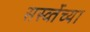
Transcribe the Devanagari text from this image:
सर्स्व्तेच्या